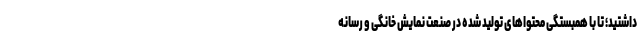
داشتید؛ تا با همبستگی محتواهای تولید شده در صنعت نمایش خانگی و رسانه